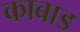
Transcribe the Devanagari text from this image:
काबाड